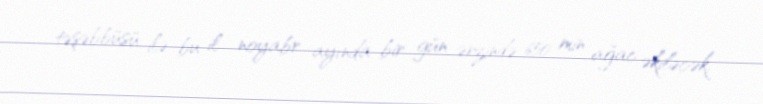
təşəbbüsü ilə bu il noyabr ayında bir gün ərzində 650 min ağac əkiləcək.